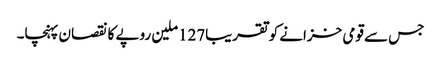
جس سے قومی خزانے کو تقریبا127ملین روپے کا نقصان پہنچا۔